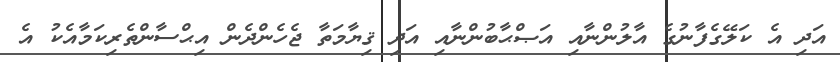
އަދި އެ ކަލޭގެފާނުގެ އާލުންނާއި އަޞްޙާބުންނާއި އަދި ޤިޔާމަތާ ޖެހެންދެން އިޙްސާންތެރިކަމާއެކު އެ